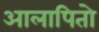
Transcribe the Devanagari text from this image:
आलापितो